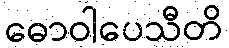
ဓောဝါပေသီတိ